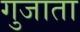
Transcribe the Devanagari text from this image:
गुजाता